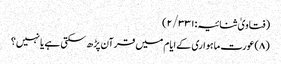
(فتاویٰ ثنائیہ:۲/۳۳۱)
(۸) عورت ماہواری کےایام میں قرآن پڑھ سکتی ہے یا نہیں؟